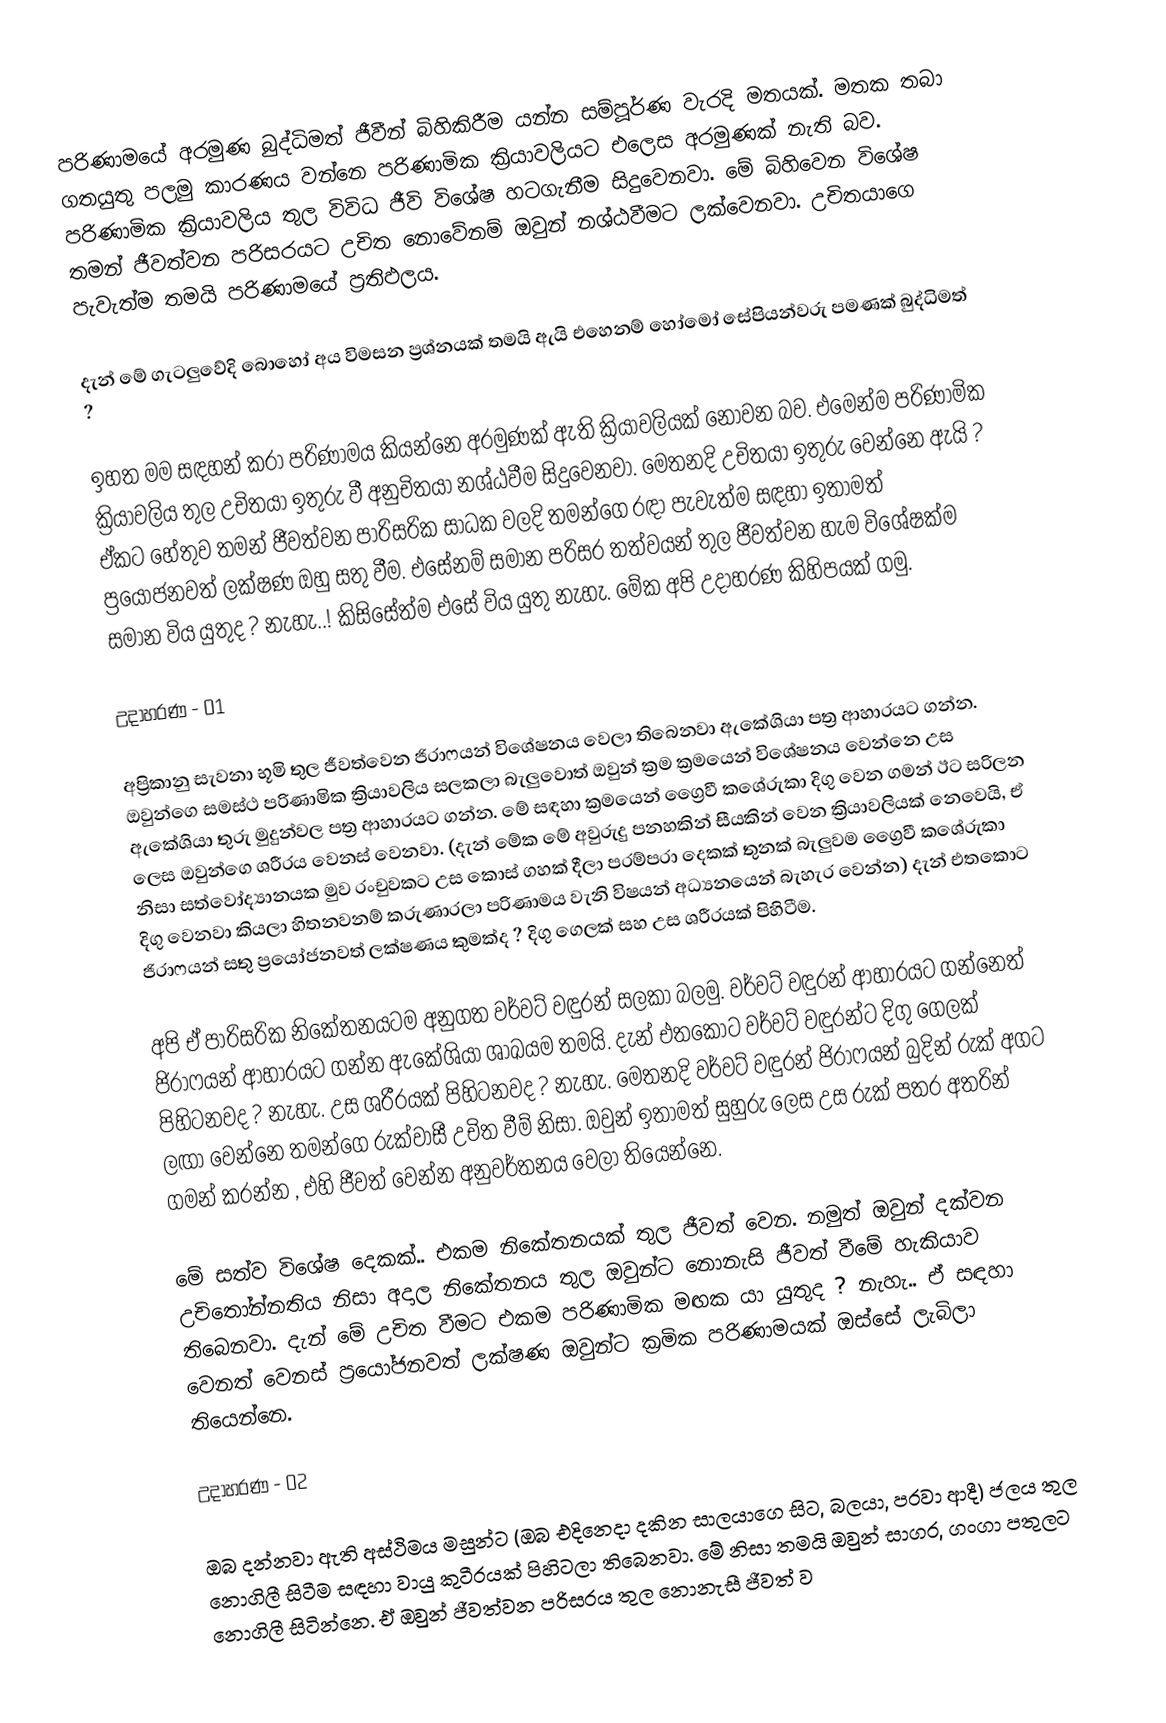
පරිණාමයේ අරමුණ බුද්ධිමත් ජීවීන් බිහිකිරීම යන්න සම්පූර්ණ වැරදි මතයක්. මතක තබා ගතයුතු පලමු කාරණය වන්නෙ පරිණාමික ක්‍රියාවලියට එලෙස අරමුණක් නැති බව. පරිණාමික ක්‍රියාවලිය තුල විවිධ ජීවි විශේෂ හටගැනීම සිදුවෙනවා. මේ බිහිවෙන විශේෂ තමන් ජීවත්වන පරිසරයට උචිත නොවේනම් ඔවුන් නශ්ඨවීමට ලක්වෙනවා. උචිතයාගෙ පැවැත්ම තමයි පරිණාමයේ ප්‍රතිඵලය.

දැන් මේ ගැටලුවේදි බොහෝ අය විමසන ප්‍රශ්නයක් තමයි ඇයි එහෙනම් හෝමෝ සේපියන්වරු පමණක් බුද්ධිමත් ?

ඉහත මම සඳහන් කරා පරිණාමය කියන්නෙ අරමුණක් ඇති ක්‍රියාවලියක් නොවන බව. එමෙන්ම පරිණාමික ක්‍රියාවලිය තුල උචිතයා ඉතුරු වී අනුචිතයා නශ්ඨවීම සිදුවෙනවා. මෙතනදි උචිතයා ඉතුරු වෙන්නෙ ඇයි ? ඒකට හේතුව තමන් ජීවත්වන පාරිසරික සාධක වලදි තමන්ගෙ රඳා පැවැත්ම සඳහා ඉතාමත් ප්‍රයෝජනවත් ලක්ෂණ ඔහු සතු වීම. එසේනම් සමාන පරිසර තත්වයන් තුල ජීවත්වන හැම විශේෂක්ම සමාන විය යුතුද ? නැහැ..! කිසිසේත්ම එසේ විය යුතු නැහැ. මේක අපි උදාහරණ කිහිපයක් ගමු.

උදාහරණ - 01

අප්‍රිකානු සැවනා භූමි තුල ජීවත්වෙන ජිරාෆයන් විශේෂනය වෙලා තිබෙනවා ඇකේශියා පත්‍ර ආහාරයට ගන්න. ඔවුන්ගෙ සමස්ථ පරිණාමික ක්‍රියාවලිය සලකලා බැලුවොත් ඔවුන් ක්‍රම ක්‍රමයෙන් විශේෂනය වෙන්නෙ උස ඇකේශියා තුරු මුදුන්වල පත්‍ර ආහාරයට ගන්න. මේ සඳහා ක්‍රමයෙන් ග්‍රෛවී කශේරුකා දිගු වෙන ගමන් ඊට සරිලන ලෙස ඔවුන්ගෙ ශරීරය වෙනස් වෙනවා. (දැන් මේක මේ අවුරුදු පනහකින් සීයකින් වෙන ක්‍රියාවලියක් නෙවෙයි, ඒ නිසා සත්වෝද්‍යානයක මුව රංචුවකට උස කොස් ගහක් දීලා පරම්පරා දෙකක් තුනක් බැලුවම ග්‍රෛවී කශේරුකා දිගු වෙනවා කියලා හිතනවනම් කරුණාරලා පරිණාමය වැනි විෂයන් අධ්‍යනයෙන් බැහැර වෙන්න) දැන් එතකොට ජිරාෆයන් සතු ප්‍රයෝජනවත් ලක්ෂණය කුමක්ද ? දිගු ගෙලක් සහ උස ශරීරයක් පිහිටීම.

අපි ඒ පාරිසරික නිකේතනයටම අනුගත වර්වට් වඳුරන් සලකා බලමු. වර්වට් වඳුරන් ආහාරයට ගන්නෙත් ජිරාෆයන් ආහාරයට ගන්න ඇකේශියා ශාඛයම තමයි. දැන් එතකොට වර්වට් වඳුරන්ට දිගු ගෙලක් පිහිටනවද ? නැහැ. උස ශරීරයක් පිහිටනවද ? නැහැ. මෙතනදි වර්වට් වඳුරන් ජිරාෆයන් බුදින් රුක් අගට ලඟා වෙන්නෙ තමන්ගෙ රුක්වාසී උචිත වීම් නිසා. ඔවුන් ඉතාමත් සුහුරු ලෙස උස රුක් පතර අතරින් ගමන් කරන්න , එහි ජීවත් වෙන්න අනුවර්තනය වෙලා තියෙන්නෙ.

මේ සත්ව විශේෂ දෙකක්.. එකම නිකේතනයක් තුල ජීවත් වෙන. නමුත් ඔවුන් දක්වන උචිතෝන්නතිය නිසා අදාල නිකේතනය තුල ඔවුන්ට නොනැසි ජීවත් වීමේ හැකියාව තිබෙනවා. දැන් මේ උචිත වීමට එකම පරිණාමික මඟක යා යුතුද ? නැහැ.. ඒ සඳහා වෙනත් වෙනස් ප්‍රයෝජනවත් ලක්ෂණ ඔවුන්ට ක්‍රමික පරිණාමයක් ඔස්සේ ලැබිලා තියෙන්නෙ.

උදාහරණ - 02

ඔබ දන්නවා ඇති අස්ථිමය මසුන්ට (ඔබ එදිනෙදා දකින සාලයාගෙ සිට, බලයා, පරවා ආදී) ජලය තුල නොගිලී සිටීම සඳහා වායු කුටීරයක් පිහිටලා තිබෙනවා. මේ නිසා තමයි ඔවුන් සාගර, ගංගා පතුලට නොගිලී සිටින්නෙ. ඒ ඔවුන් ජීවත්වන පරිසරය තුල නොනැසී ජීවත් ව